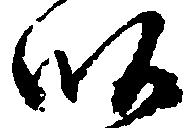
畝